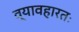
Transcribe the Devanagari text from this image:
व्यावहारतः